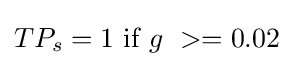
TP_{s}=1~{\mbox{if}}~g\ >=0.02